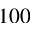
1 0 0